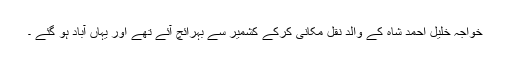
خواجہ خلیل احمد شاہ کے والد نقل مکانی کرکے کشمیر سے بہرائچ آئے تھے اور یہاں آباد ہو گئے ۔